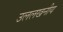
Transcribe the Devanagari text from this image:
उललखनीय